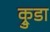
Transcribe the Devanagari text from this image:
क्रुडा